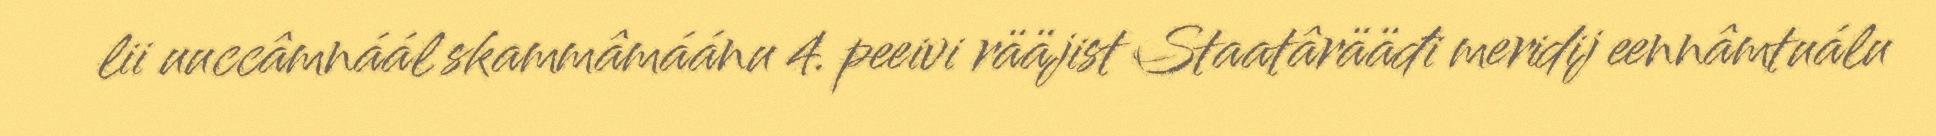
lii uuccâmnáál skammâmáánu 4. peeivi rääjist Staatârääđi meridij eennâmtuálu